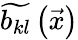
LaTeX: \widetilde{b_{kl}}\left(\vec{x}\right)